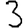
Digit: 3